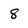
Character: 8